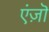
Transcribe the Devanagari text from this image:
एंज़ॊ